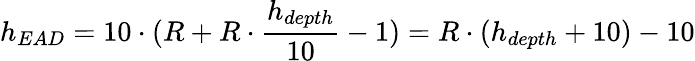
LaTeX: h_{EAD}=10\cdot(R+R\cdot{\frac{h_{depth}}{10}}-1)=R\cdot(h_{depth}+10)-10